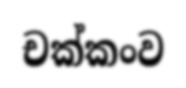
චක්කංව